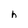
Character: h